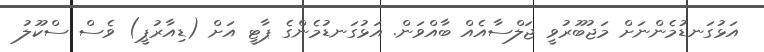
އަޅުގަނޑުމެންނަށް މަޖުބޫރުވީ ޖަލްސާއެއް ބާއްވަން. އަޅުގަނޑުމެންގެ ޕާޓީ އަށް (ޑިއާރުޕީ) ވެސް ސްކޫލު